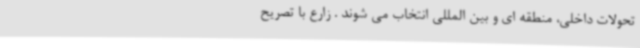
تحولات داخلی، منطقه ای و بین المللی انتخاب می شوند . زارع با تصریح